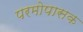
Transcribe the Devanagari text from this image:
परमोपासक